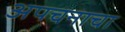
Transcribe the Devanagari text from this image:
अपचनाचा